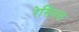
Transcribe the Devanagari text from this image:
रेसिनस